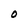
Character: O